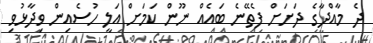
ދެ މާއްދާގެ ދަށަށް ފެތޭނެ ބައެއް ނޫން ކަމަށް އަލީ ހުސެއިން ވިދާޅުވި